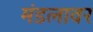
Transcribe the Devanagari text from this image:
मंडलावर